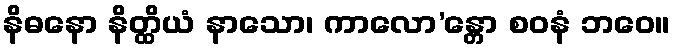
နိဓနော နိတ္ထိယံ နာသော၊ ကာလော’န္တော စဝနံ ဘဝေ။